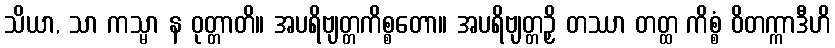
သိယာ, သာ ကသ္မာ န ဝုတ္တာတိ။ အပရိဗျတ္တကိစ္စတော။ အပရိဗျတ္တဉှိ တဿာ တတ္ထ ကိစ္စံ ဝိတက္ကာဒီဟိ